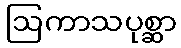
ဩကာသပုစ္ဆာ